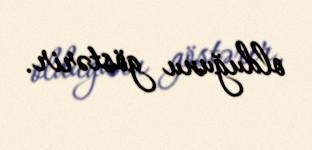
olduğunu göstərir.